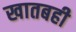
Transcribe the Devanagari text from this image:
खातबही